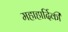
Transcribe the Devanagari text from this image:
महाहार्दिकी